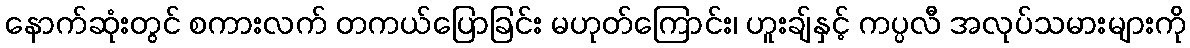
နောက်ဆုံးတွင် စကားလက် တကယ်ပြောခြင်း မဟုတ်ကြောင်း၊ ဟူးချ်နှင့် ကပ္ပလီ အလုပ်သမားများကို